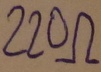
Text: 220Ω